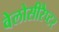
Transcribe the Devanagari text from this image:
वेलोसीरैप्टर